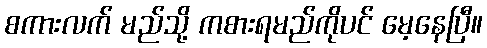
စကားလက် မည်သို့ ကစားရမည်ကိုပင် မေ့နေပြီ။